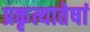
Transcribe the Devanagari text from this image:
प्रकृत्यातेषां